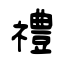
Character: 禮